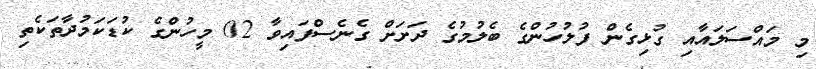
މި މައްސަލައާއި ގުޅިގެން ފުލުހުންގެ ބެލުމުގެ ދަށަށް ގެނެސްފައިވާ 02 މީހުންގެ ކުޑަކަމުދާތަކެތި